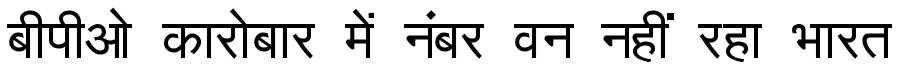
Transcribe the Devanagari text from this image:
बीपीओ कारोबार में नंबर वन नहीं रहा भारत